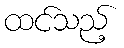
ထင်သည့်